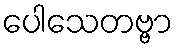
ပေါသေတဗ္ဗာ